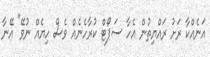
އަނެއްކާ ރަށު ރައްޔިތުން އެހާ ސަޕޯޓް ކުރާހެނެއް ވެސް ހިޔެއް ނުވޭ" އޭނާ